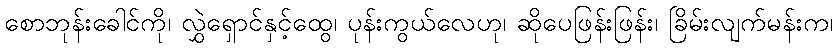
စောဘုန်းခေါင်ကို၊ လွှဲရှောင်နှင့်ထွေ၊ ပုန်းကွယ်လေဟု၊ ဆိုပေဖြန်းဖြန်း၊ ခြိမ်းလျက်မန်းက၊